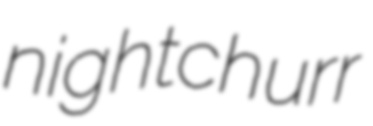
nightchurr